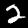
Label: 2